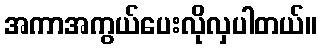
အကာအကွယ်ပေးလိုလှပါတယ်။